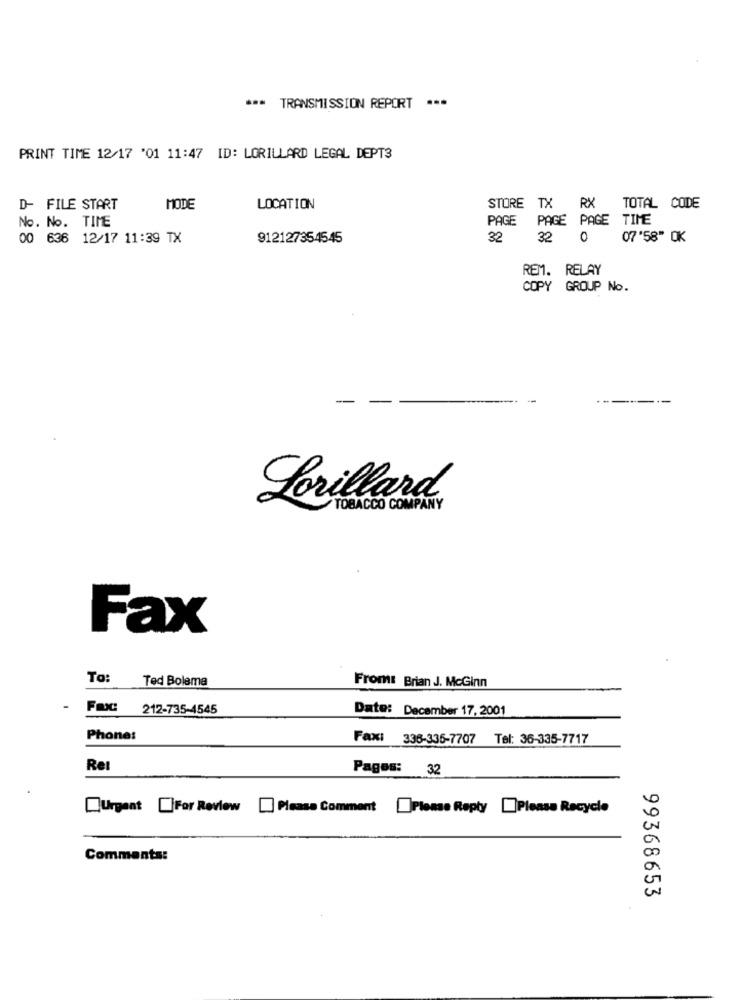
*** TRANSMISSION REPORT ***
PRINT TIME 12/17 '01 11:47 ID: LORILLARD LEGAL DEPT3
D- FILE START
MODE
LOCATION
STORE TX RX TOTAL CODE
No. No. TIME
PAGE PAGE PAGE TIME
00 636 12/17 11:39 TX
912127354545
32
32 0
07'58" OK
REM. RELAY
COPY GROUP No.
Lorillard
TOBACCO COMPANY
Fax
To:
Ted Bolema
From: Brian J. McGinn
212-735-4545
Date: December 17, 2001
Phone:
Fax: 336-335-7707 Tel: 36-335-7717
ReI
Pages: 32
Urgent For Review
Please Comment Please Reply Please Recycle
Comments:
99368653